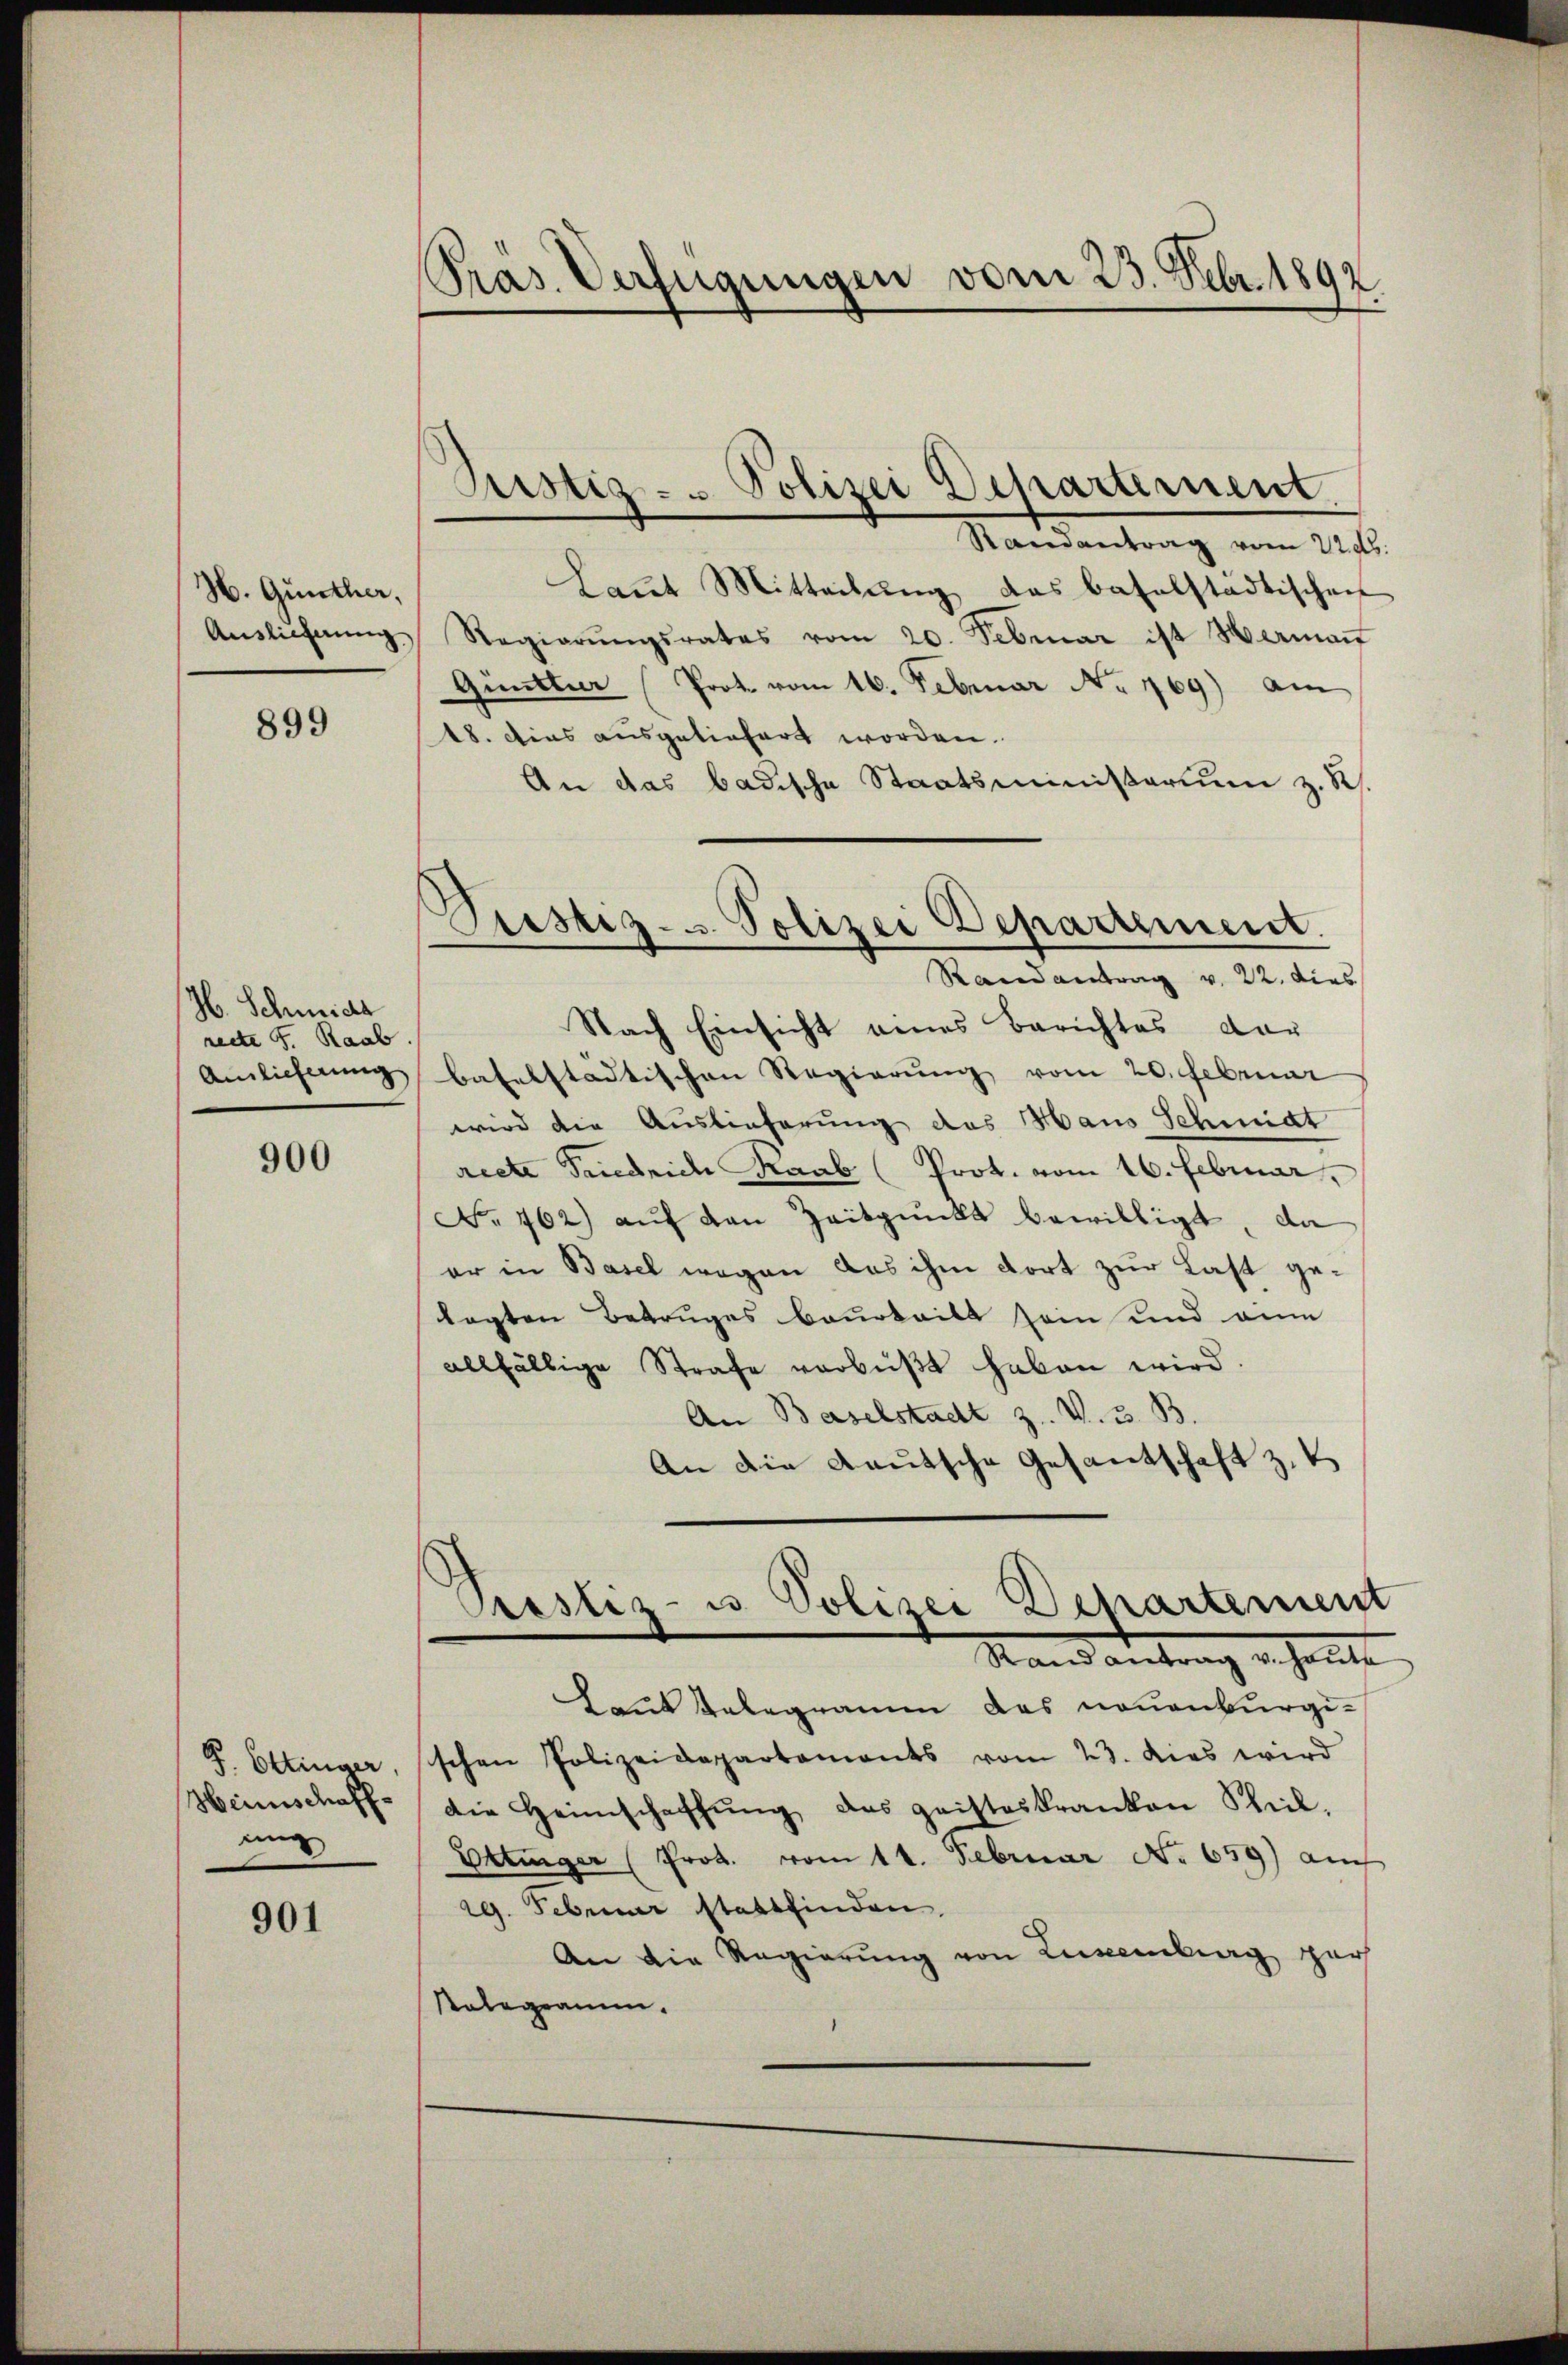
H. Günther,
Ausliehnung

899

H. Schmide
recte S. Raab
Ainlicherung

900

P. Ettinger
Heinschaff-
ung

901

Präs. Verfügungen vom 23. Febr. 1892.

Aristiz- & Polizei Departernent.

Liestiz- u. Polizei Departement.
Randantrag v. 22. dies

Randantrag vom 22. ds.
Laut Mitteilung das baselstädtischen
Regierŭngsrates vom 20. Februar ist Hermaṅ
Quittier (Prot. vom 16. Februar No. 169) am
18. dies ausgeliefert worden.
An das badische Staatsministerium z. R.
Nach Einsicht eines Berichtes dar
baselstädtischen Regierŭng vom 20. Februar
wird die Auslieferung des Haus Schmidt
recte Friedrich Raab (Prot. vom 16. Februar
No 762) auf den Zeitpunkt bewilligt, da
er in Basel wegen das ihm dort zur Last getagten Betruges beurteilt sein und eine
allfällige Strafe verbüßt haben wird.
An Baselstadt z. V. 3. B.
An die Kautsche Gesantschaft z. B

Preslez- u Polizei Departement
Rand antrag v. heute

Laut Gelegramm das neuenburgischen Polizeidepartaments vom 23. dies wird
die Heimschaffŭng des geisteskranken Theil.
Ettinger (Prot. vom 11. Februar No. 659) auch
29. Februar stattfinden.
An die Regierung von Luxenburg gar
Ralegramm.